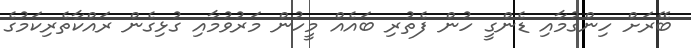
ބޭރަށް ހިންގުމާއި ޑެންގީ ހުން ފެތުރި ބައެއް މީހުން މަރުވުމާއި ގުޅިގެން ރައްކާތެރިކަމުގެ